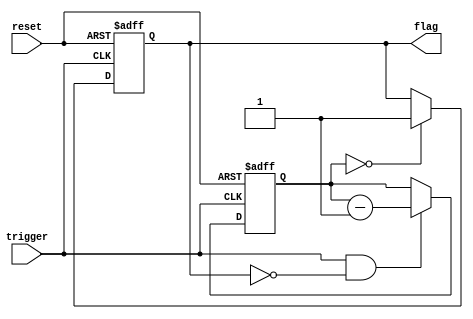
module one_shot_timer (
    input trigger,
    input reset,
    output reg flag
);

reg [7:0] counter;

always @ (posedge trigger or posedge reset)
begin
    if (reset)
        counter <= 8'hFF;
    else if (trigger && !flag)
        counter <= counter - 1;
end

always @ (posedge trigger or posedge reset)
begin
    if (reset)
        flag <= 0;
    else if (counter == 0)
        flag <= 1;
end

endmodule